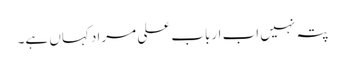
پتہ نہیں اب ارباب علی مراد کہاں ہے۔